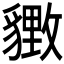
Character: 𬥋